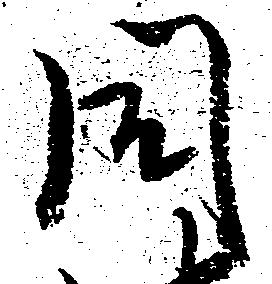
同